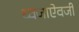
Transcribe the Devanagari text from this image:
ध्वजाऐवजी